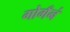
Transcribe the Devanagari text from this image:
गोगँनं